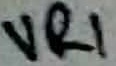
Text: VR1